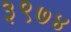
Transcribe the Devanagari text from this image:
३९७४